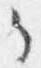
々